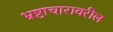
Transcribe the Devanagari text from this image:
भ्रष्टाचारावरील